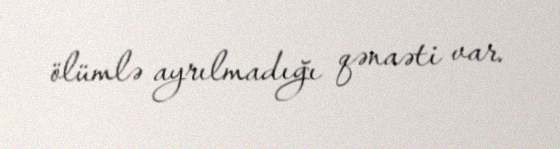
ölümlə ayrılmadığı qənaəti var.